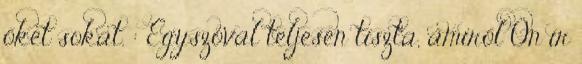
őket sokat. : Egyszóval teljesen tiszta, amiről Ön ír